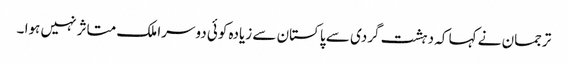
ترجمان نے کہا کہ دہشت گردی سے پاکستان سے زیادہ کوئی دوسرا ملک متاثر نہیں ہوا ۔